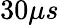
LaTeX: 30\mu s